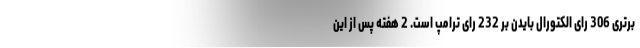
برتری 306 رای الکتورال بایدن بر 232 رای ترامپ است. 2 هفته پس از این